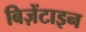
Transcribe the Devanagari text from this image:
बिज़ेंटाइन